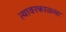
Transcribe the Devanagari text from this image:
त्यावरकाळ्या